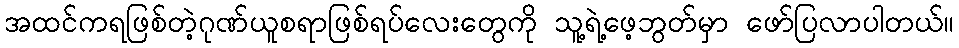
အထင်ကရဖြစ်တဲ့ဂုဏ်ယူစရာဖြစ်ရပ်လေးတွေကို သူ့ရဲ့ဖေ့ဘွတ်မှာ ဖော်ပြလာပါတယ်။